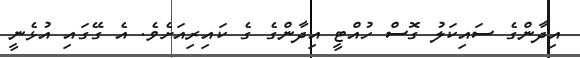
އިދާންގެ ސައިކަލު ގޮސް ހުއްޓީ އިދާންގެ ގެ ކައިރިއަށެވެ. އެ ގޭގައި އުޅެނީ